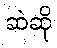
ဆဲဆို